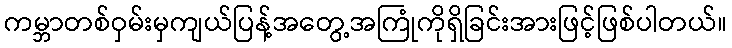
ကမ္ဘာတစ်ဝှမ်းမှကျယ်ပြန့်အတွေ့အကြုံကိုရှိခြင်းအားဖြင့်ဖြစ်ပါတယ်။